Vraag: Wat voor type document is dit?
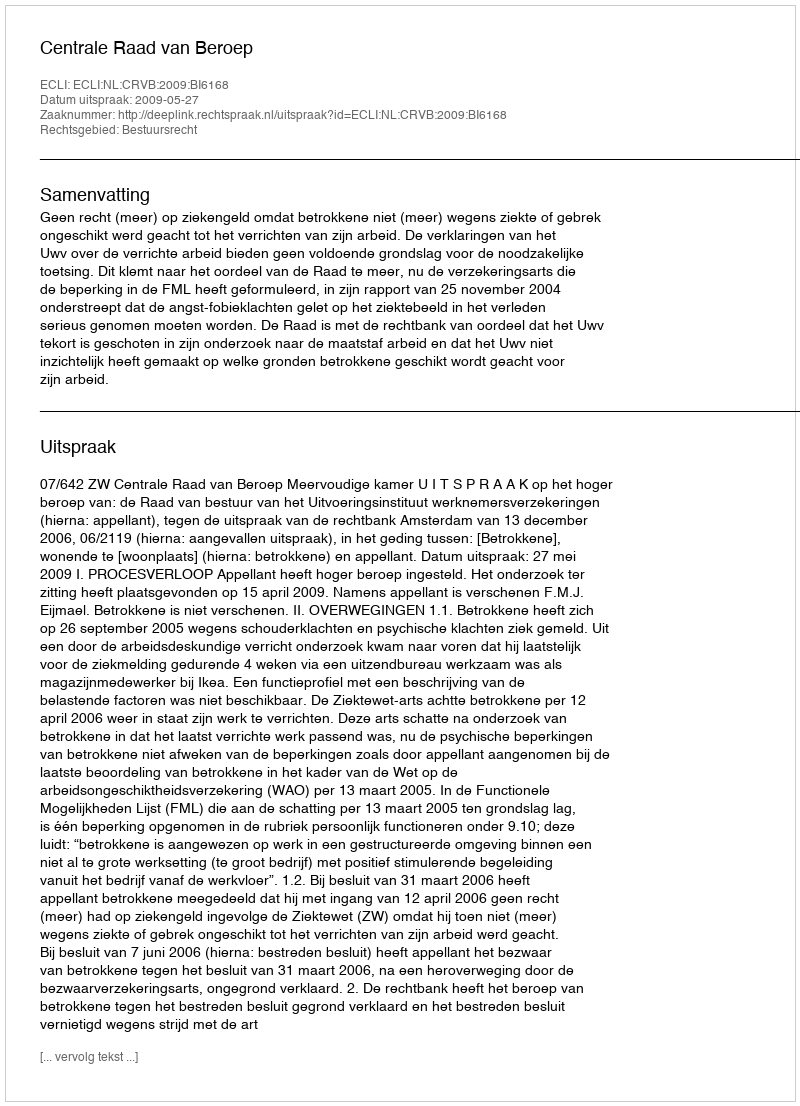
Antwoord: Uitspraak